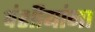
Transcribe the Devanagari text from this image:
वंशीयांना